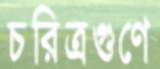
চরিত্রগুণে